65_HS1-834228961_62-HQ-83894_Section_6
Agency: FBI
Page 151
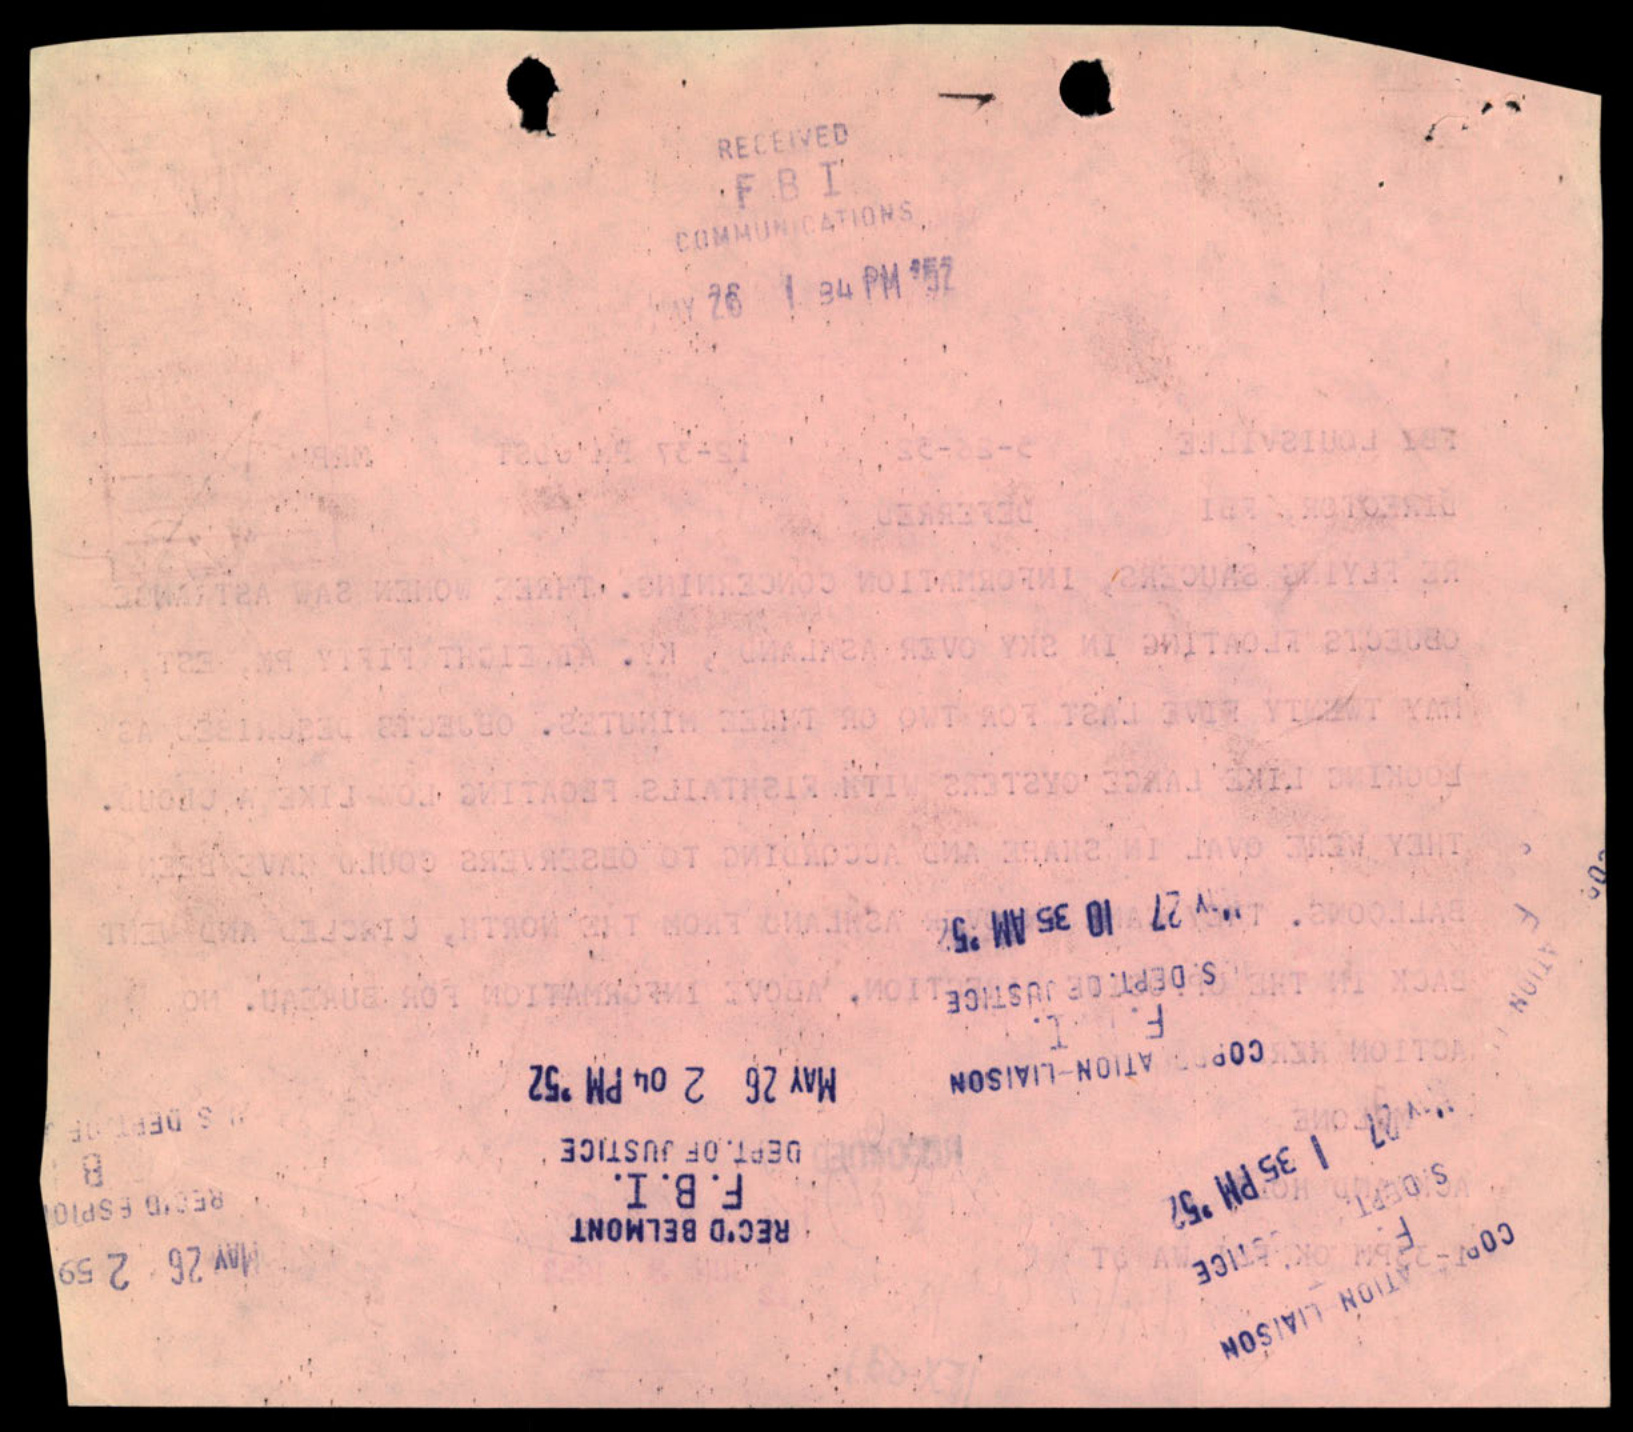